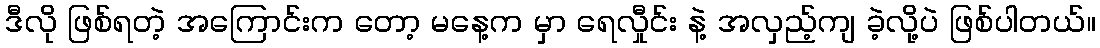
ဒီလို ဖြစ်ရတဲ့ အကြောင်းက တော့ မနေ့က မှာ ရေလှီုင်း နဲ့ အလှည့်ကျ ခဲ့လို့ပဲ ဖြစ်ပါတယ်။